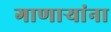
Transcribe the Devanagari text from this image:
गाणाऱ्यांना